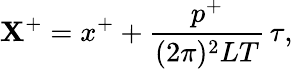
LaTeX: \mathbf{X}^{+}=x^{+}+\frac{{p^{+}}}{{(2\pi)^{2}LT}}\, \tau,